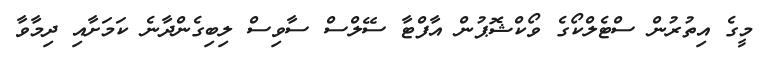
މީގެ އިތުރުން ސްޓެލްކޯގެ ވޯކްޝޮޕުން އާފްޓާ ސޭލްސް ސާވިސް ލިބިގެންދާނެ ކަމަށާއި ދިމާވާ